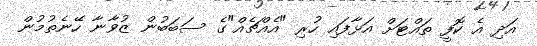
އަދި އެ ކޮފީ ތައްޓަށް އަޅާފައި ހުރި "އެއްޗެއް"ގެ ސަބަބުން ޒުވާނާ ހޭނެތުމުން